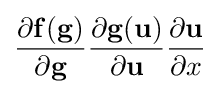
{\frac {\partial \mathbf {f} (\mathbf {g} )}{\partial \mathbf {g} }}{\frac {\partial \mathbf {g} (\mathbf {u} )}{\partial \mathbf {u} }}{\frac {\partial \mathbf {u} }{\partial x}}